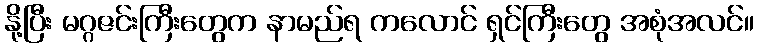
နို့ပြီး မဂ္ဂဇင်းကြီးတွေက နာမည်ရ ကလောင် ရှင်ကြီးတွေ အစုံအလင်။